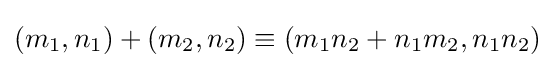
(m_{1},n_{1})+(m_{2},n_{2})\equiv (m_{1}n_{2}+n_{1}m_{2},n_{1}n_{2})